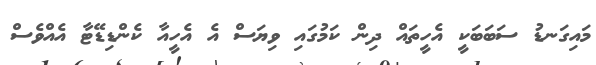
މައިގަނޑު ސަބަބަކީ އެހީތައް ދިން ކަމުގައި ވިޔަސް އެ އެހީއާ ކެންޑިޑޭޓާ އެއްވެސް